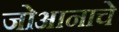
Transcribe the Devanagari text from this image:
जोआनाचे